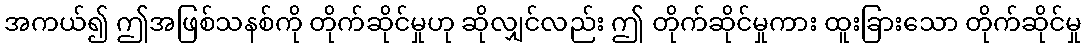
အကယ်၍ ဤအဖြစ်သနစ်ကို တိုက်ဆိုင်မှုဟု ဆိုလျှင်လည်း ဤ တိုက်ဆိုင်မှုကား ထူးခြားသော တိုက်ဆိုင်မှု